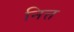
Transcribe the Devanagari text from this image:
नित्त